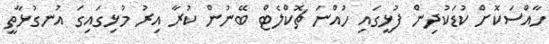
ހާއްސަކޮށް ކުޑަކުދިން ފުޅީގައި ހުއްނަ ޗޮކްލެޓް ބޭނުން ކުރާ އިރު މުޅިގައިގަ އުނގުޅާތީ